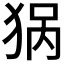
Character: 𰡏